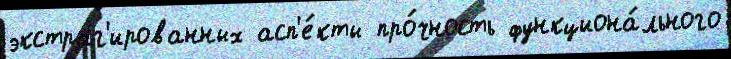
экстраг'ированных асп'е́кты про́чность функциона́льного